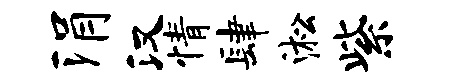
涓汉情肆淞紫